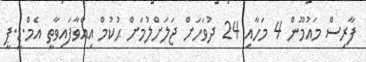
ފާރިސް މައުމޫން 4 މަހާއި 24 ދުވަހަށް ޖަލަށްލުމަށް ޙުކުމް އިއްވާފައިވާތީ އެމް.ޑީ.ޕީ